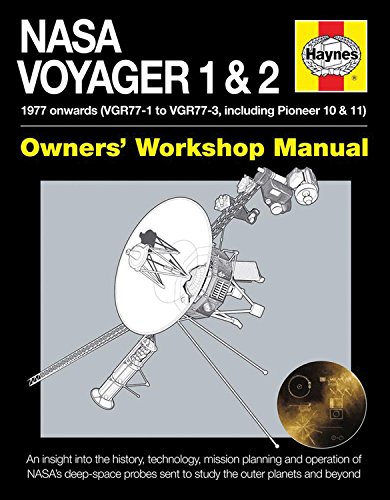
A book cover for NASA Voyager 1 & 2 Owners' Workshop Manual - 1977 onwards (VGR77-1 to VGR77-3, including Pioneer 10 & 11): An insight into the history, technology, ... sent to study the outer planets and beyond; Christopher Riley; Science & Math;